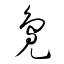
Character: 鳧